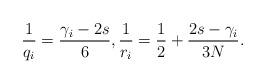
LaTeX: \begin{align*}\frac{1}{q_i}= \frac{\gamma_i-2s}{6}, \frac{1}{r_i}=\frac{1}{2}+ \frac{2s-\gamma_i}{3N}.\end{align*}